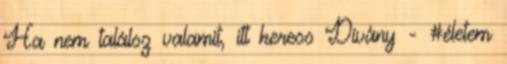
Ha nem találsz valamit, itt keress Dívány - #életem